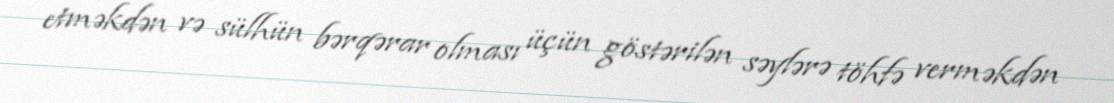
etməkdən və sülhün bərqərar olması üçün göstərilən səylərə töhfə verməkdən